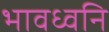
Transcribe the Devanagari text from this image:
भावध्वनि